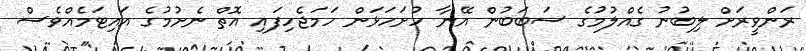
ރަންވީރަށް ލިބުނު ގެއްލުމުގެ ސަބަބުން އޭނާ ހުށަހަޅަން ހަމަޖެހިފައި އޮތް ނެށުމުގެ އައިޓަމެއްވެސް